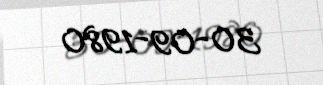
30-09-1980